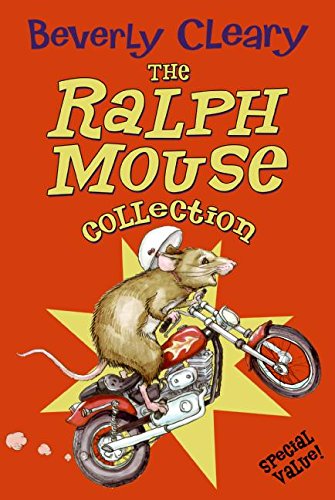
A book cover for The Ralph Mouse Collection (The Mouse and the Motorcycle / Runaway Ralph /  Ralph S. Mouse); Beverly Cleary; Children's Books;